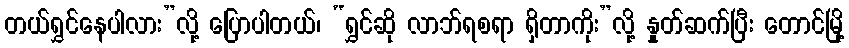
တယ်ရွှင်နေပါလား”လို့ ပြောပါတယ်၊ “ရွှင်ဆို လာဘ်ရစရာ ရှိတာကိုး”လို့ နှုတ်ဆက်ပြီး တောင်မြို့